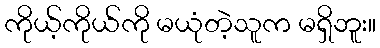
ကိုယ့်ကိုယ်ကို မယုံတဲ့သူက မရှိဘူး။